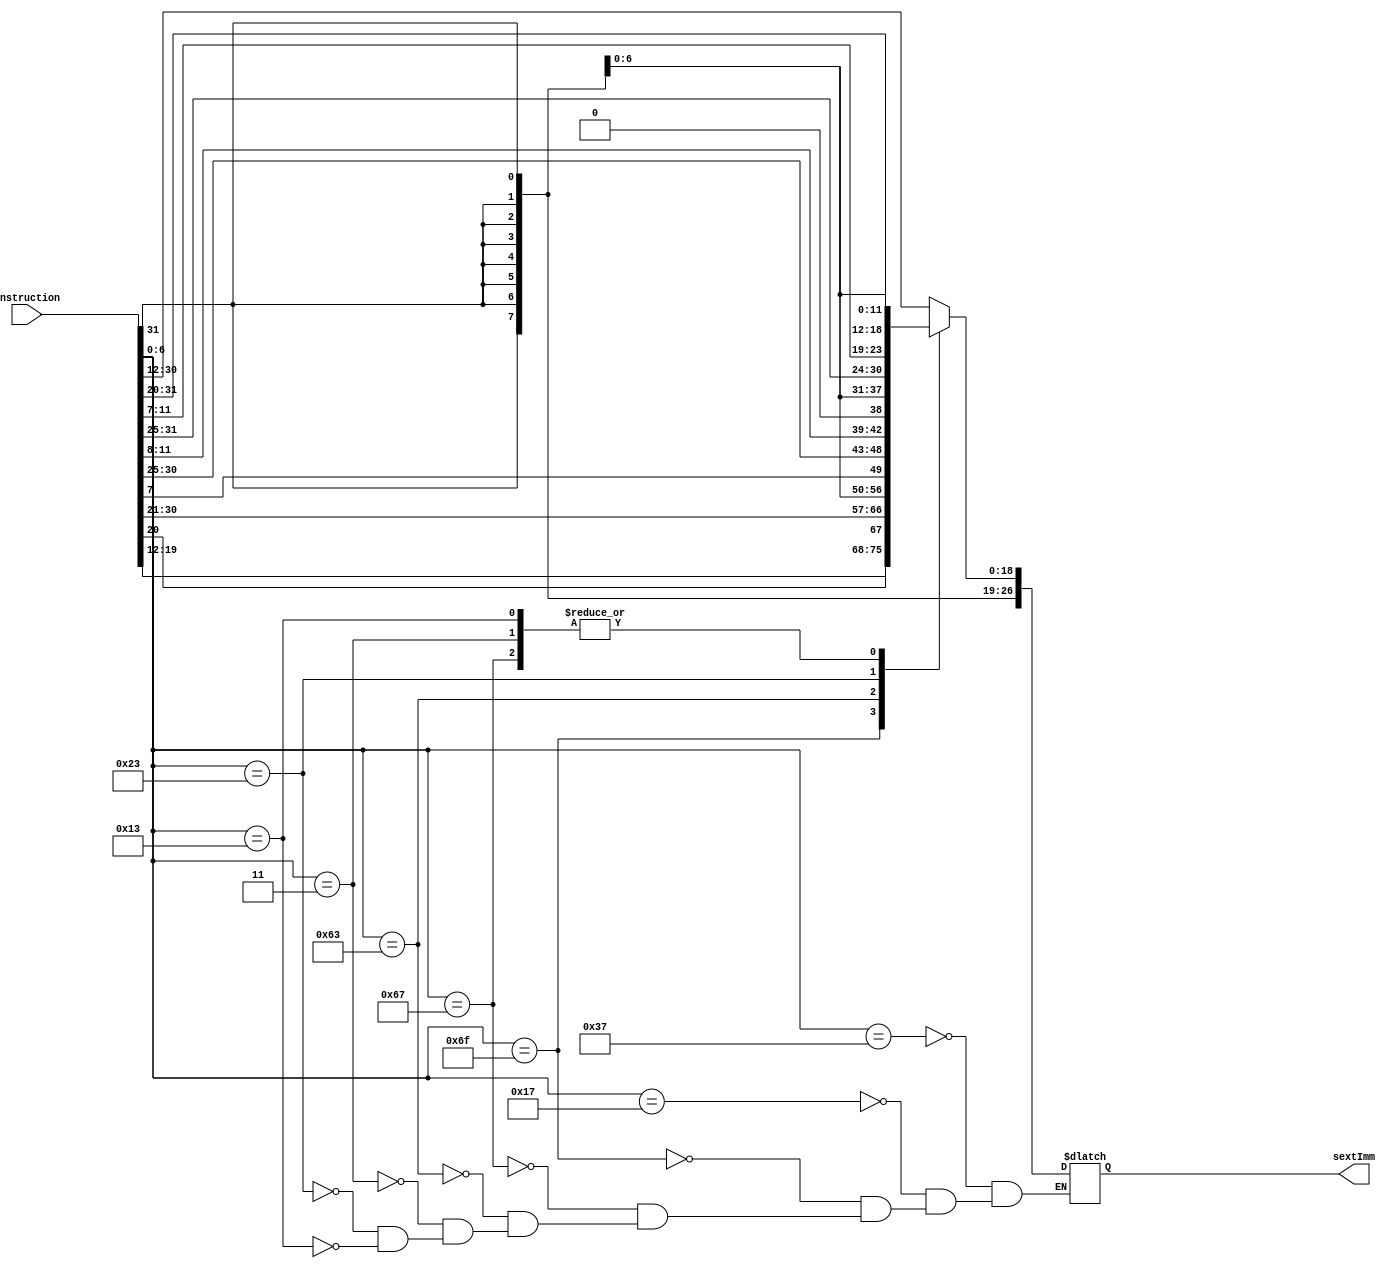
`timescale 1ns / 1ps
//////////////////////////////////////////////////////////////////////////////////
// Company: 
// 
// Design Name: 
// Module Name: ImmGen
// Project Name: RISC-V Processor
// Target Devices: 
// Tool Versions: 
// Description: 
// 
// Dependencies: 
// 
// Revision:
// Revision 0.01 - File Created
// Additional Comments:
// Finding the immediate is dependant on the type of instruction
//////////////////////////////////////////////////////////////////////////////////


module ImmGen(
    input wire [31:0] instruction,
    output reg [31:0] sextImm
    );
    /*
    6 types of instructions
    U-Type:
    J-Type:
    B-Type:
    I-Type: [31:11] = inst[31], 10:0 = inst[30:20]
    S-Type:
    R-Type:
    
    */
    
    parameter LUI =     7'b0110111,//U-Type 
              AUIPC =   7'b0010111,//U-Type
              JAL =     7'b1101111,//J-Type
              JALR =    7'b1100111,//I-Type
              Branch =  7'b1100011,//B-Type for BEQ, BLT, BNE, BGE, BLTU, AND BGEU
              Load =    7'b0000011,//I-Type for LB, LH, LW, LBU, and LHU
              Store =   7'b0100011,//S-Type
              Imm =     7'b0010011;//I-Type for ADDI, SLTI, SLTIU, XORI, ORI, ANDI
              
    always@(*) begin
    
    casex({instruction[6:0]})
    
        LUI : sextImm <= {{13{instruction[31]}}, instruction[30:12]};//U-Type Unsure if this is actual implementation
        
        AUIPC: sextImm <= {{13{instruction[31]}}, instruction[30:12]};//U-Type Unsure if this is actual implementation;
        
        JAL:  sextImm <= {{13{instruction[31]}}, instruction[19:12],  instruction[20],  instruction[30:21]};//J-Type unsure if this is right
        
        JALR: sextImm <= {{21{instruction[31]}}, instruction[30:20]};//I-Type
        
        Branch :  sextImm <= {{20{instruction[31]}}, instruction[7], instruction[30:25], instruction[11:8], 1'b0};//B-Type;;
        
        Load : sextImm <= {{21{instruction[31]}}, instruction[30:20]};//I-Type;
        
        Store: sextImm <= {{21{instruction[31]}}, instruction[30:25], instruction[11:7]};//S-Type;
        
        Imm: sextImm <= {{21{instruction[31]}}, instruction[30:20]};//I-Type;
        
        default: ;//set it to 0?
    
    endcase
    
    end
    
    
endmodule